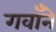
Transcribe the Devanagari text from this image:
गवाँने